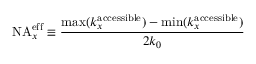
\mathrm { N A } _ { x } ^ { \mathrm { e f f } } \equiv \frac { \operatorname* { m a x } ( k _ { x } ^ { \mathrm { a c c e s s i b l e } } ) - \operatorname* { m i n } ( k _ { x } ^ { \mathrm { a c c e s s i b l e } } ) } { 2 k _ { 0 } }